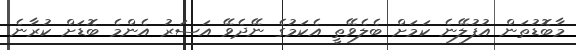
މާބޮޑުތަން އުފުލޭނެ ކަމަށް ބެލެވޭތީ އެކަމުގެ ނޭދެވޭ އަސަރު އެންމެ ބޮޑަށް ކުރާނެ